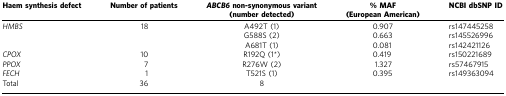
<table><thead><tr><td><b>Haem synthesis defect</b></td><td><b>Number of patients</b></td><td><b><i>ABCB6</i> non-synonymous variant (number detected)</b></td><td><b>% MAF (European American)</b></td><td><b>NCBI dbSNP ID</b></td></tr></thead><tbody><tr><td><i>HMBS</i></td><td>18</td><td>A492T (1)</td><td>0.907</td><td>rs147445258</td></tr><tr><td> </td><td> </td><td>G588S (2)</td><td>0.663</td><td>rs145526996</td></tr><tr><td> </td><td> </td><td>A681T (1)</td><td>0.081</td><td>rs142421126</td></tr><tr><td><i>CPOX</i></td><td>10</td><td>R192Q (1*)</td><td>0.419</td><td>rs150221689</td></tr><tr><td><i>PPOX</i></td><td>7</td><td>R276W (2)</td><td>1.327</td><td>rs57467915</td></tr><tr><td><i>FECH</i></td><td>1</td><td>T521S (1)</td><td>0.395</td><td>rs149363094</td></tr><tr><td>Total</td><td>36</td><td>8</td><td> </td><td> </td></tr></tbody></table>